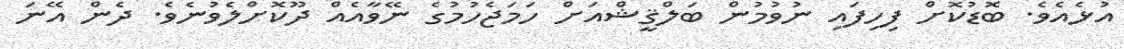
އުޅެއެވެ. ބޮޑުކޮށް ފިހިފައި ނުވުމުން ބަލްޤީޝްއަށް ހަމަޖެހުމުގެ ނޭވާއެއް ދޫކޮށްލެވުނެވެ. ދެން އޭނަ